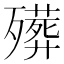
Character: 𱥔